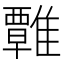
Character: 𩀽